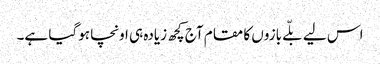
اس لیے بلّے بازوں کا مقام آج کچھ زیادہ ہی اونچا ہوگیا ہے۔